Vaccination in the Punjab 1867-1880 - 1867-1880
Year: 1867
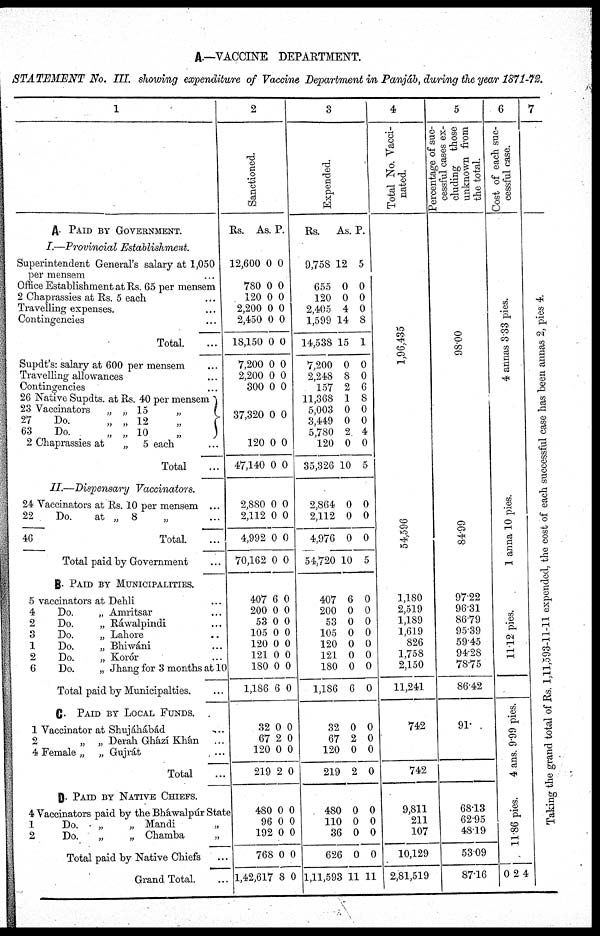
A.—VACCINE DEPARTMENT.
STATEMENT No. III. showing expenditure of Vaccine Department in Panjáb, during the year 1871-72.
1
A. PAID BY GOVERNMENT.
I.—Provincial Establishment
Superintendent General's salary at 1,050
per mensem ...
Office Establishment at Rs. 65 per mensem
2 Chaprassies at Rs. 5 each ...
Travelling expenses. ...
Contingencies ...
Total. ...
Supdt's: salary at 600 per mensem ...
Travelling allowances ...
Contingencies ...
26 Native Supdts. at Rs. 40 per mensem
23 Vaccinators
„ „ 15
„
27
Do.
„ „ 12
„
63
Do.
„ „ 10
„
2 Chaprassies at
„ 5 each ...
Total ...
II.—Dispensary
Vaccinators.
24 Vaccinators at Rs. 10 per mensem ...
22
Do.
at „ 8 „ ...
46
Total. ...
Total paid by Government
B. PAID BY MUNICIPALITIES.
5 vaccinators at Dehli
4
Do.
„ Amritsar ...
2
Do.
„ Ráwalpindi ...
3
Do.
„ Lahore ...
1
Do.
„ Bhiwáni ...
2
Do.
„ Korór ...
6
Do.
„ Jhang for 3 months at 10
Total paid by Municipalties.
C. PAID BY LOCAL FUNDS.
1 Vaccinator at Shujáhábád
2
„ „ Derah Ghází Khán ...
4 Female „ „ Gujrát ...
Total ...
D. PAID BY NATIVE CHIEFS.
4 Vaccinators paid by the Bháwalpúr State
1
Do.
„
„ Mandi
„
2
Do.
„
„ Chamba
„ ...
Total paid by Native Chiefs
Grand Total. ...
2
Sanctioned.
Rs.
12,600
780
120
2,200
2,450
18,150
7,200
2,200
300
37,320
120
47,140
2,880
2,112
4,992
70,162
407
200
53
105
120
121
180
1,186
32
67
120
219
480
96
192
768
1,42,617
As.
0
0
0
0
0
0
0
0
0
0
0
0
0
0
0
0
6
0
0
0
0
0
0
6
0
2
0
2
0
0
0
0
8
P.
0
0
0
0
0
0
0
0
0
0
0
0
0
0
0
0
0
0
0
0
0
0
0
0
0
0
0
0
0
0
0
0
0
3
Expended.
Rs.
9,758
655
120
2,405
1,599
14,538
7,200
2,248
157
11,368
5,003
3,449
5,780
120
35,326
2,864
2,112
4,976
54,720
407
200
53
105
120
121
180
1,186
32
67
120
219
480
110
36
626
1,11,593
As.
12
0
0
4
14
15
0
8
2
1
0
0
2
0
10
0
0
0
10
6
0
0
0
0
0
0
6
0
2
0
2
0
0
0
0
11
P.
5
0
0
0
8
1
0
0
6
8
0
0
4
0
5
0
0
0
5
0
0
0
0
0
0
0
0
0
0
0
0
0
0
0
0
11
4
Total No. Vacci-
nated.
1,96,435
54,596
1,180
2,519
1,189
1,619
826
1,758
2,150
11,241
742
742
9,811
211
107
10,129
2,81,519
5
Percentage of suc-
cessful cases ex-
cluding those
unknown from
the total.
98.00
84.99
97.22
96.31
86.79
95.39
59.45
94.28
78.75
86.42
91
68.13
62.95
48.19
53.09
87.16
6
Cost of each suc-
cessful case.
4 annas 3.33 pies.
1 anna 10 pies.
11.12 pies.
4 ans.9.99 pies.
11.86 pies.
0 2 4
7
Taking the grand total of Rs. 1,11,593-11-11 expended, the cost of each successful case has been annas 2, pies 4.